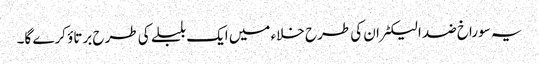
یہ سوراخ ضد الیکٹران کی طرح خلاء میں ایک بلبلے کی طرح برتاؤ کرے گا۔